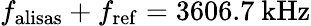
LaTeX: f_{\mathrm{alisas}}+f_{\mathrm{ref}}=3606.7~\mathrm{kHz}